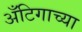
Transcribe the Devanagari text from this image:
अँटिगाच्या